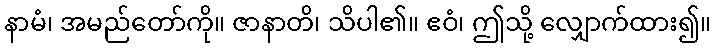
နာမံ၊ အမည်တော်ကို။ ဇာနာတိ၊ သိပါ၏။ ဧဝံ၊ ဤသို့ လျှောက်ထား၍။